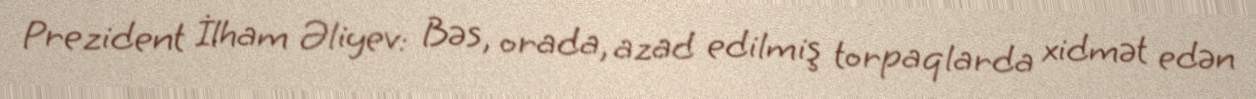
Prezident İlham Əliyev: Bəs, orada, azad edilmiş torpaqlarda xidmət edən